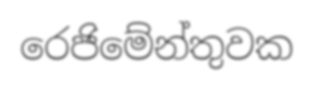
රෙජිමේන්තුවක